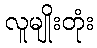
လူမျိုးတုံး